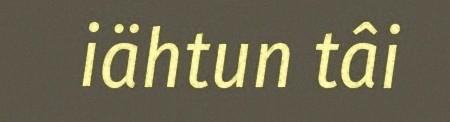
iähtun tâi